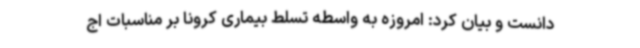
دانست و بیان کرد: امروزه به واسطه تسلط بیماری کرونا بر مناسبات اج